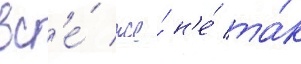
вс'е́ же́ н'е́ та́к